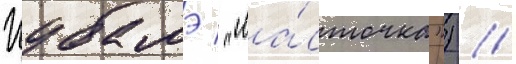
Цубамэ / "ла́сточка") //